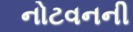
નોટવનની